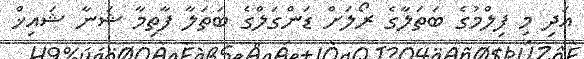
އަދި މި ފިލްމުގެ ބަތަލާގެ ރޯލަށް ޑަންގަލްގެ ބަތަލާ ފާތިމާ ޝަނާ ޝައިޚް